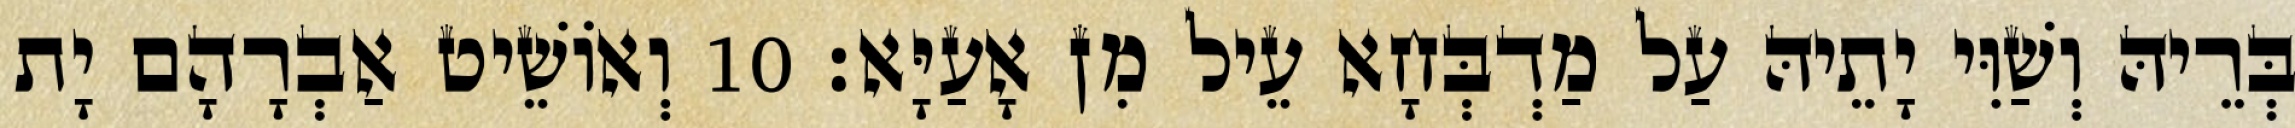
בְּרֵיהּ וְשַׁוִּי יָתֵיהּ עַל מַדְבְּחָא עֵיל מִן אָעַיָּא׃ 10 וְאוֹשֵׁיט אַבְרָהָם יָת